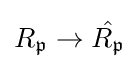
R_{\mathfrak {p}}\to {\hat {R_{\mathfrak {p}}}}